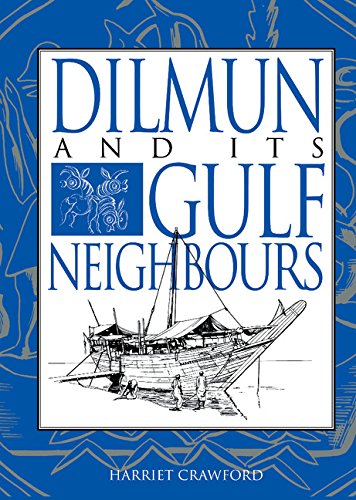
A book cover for Dilmun and its Gulf Neighbours; Harriet E. W. Crawford; History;